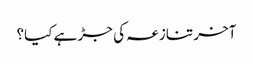
آخر تنازعہ کی جڑ ہے کیا؟